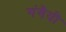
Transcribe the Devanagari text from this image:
गंगैयी